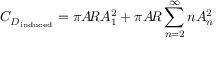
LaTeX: C _ { D _ { \mathrm { i n d u c e d } } } = \pi A \! R A _ { 1 } ^ { 2 } + \pi A \! R \sum _ { n = 2 } ^ { \infty } n A _ { n } ^ { 2 }